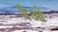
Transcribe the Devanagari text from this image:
बैओ